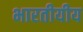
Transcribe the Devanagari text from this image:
भारतीयीय